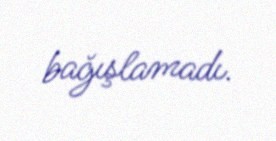
bağışlamadı.